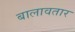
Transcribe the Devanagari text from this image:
बालावतार